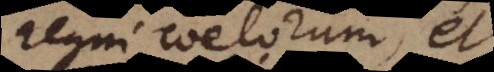
regni coelorum, et